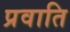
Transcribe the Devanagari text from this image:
प्रवाति